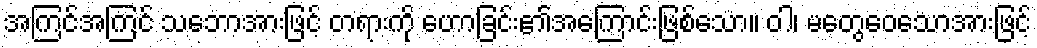
အကြင်အကြင် သဘောအားဖြင့် တရားကို ဟောခြင်း၏အကြောင်းဖြစ်သော။ ဝါ၊ မတွေဝေသောအားဖြင့်